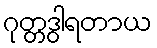
ဂုတ္တဒွါရတာယ